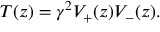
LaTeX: T ( z ) = \gamma ^ { 2 } V _ { + } ( z ) V _ { - } ( z ) .